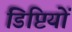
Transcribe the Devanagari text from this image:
डिप्टियों